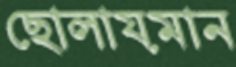
ছোলায়মান